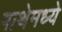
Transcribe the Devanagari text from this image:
गाथेमध्ये